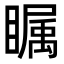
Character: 瞩